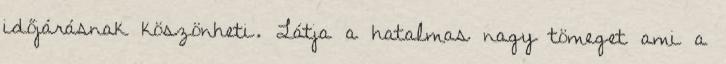
időjárásnak köszönheti. Látja a hatalmas nagy tömeget ami a